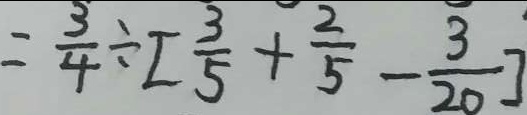
= \frac { 3 } { 4 } \div [ \frac { 3 } { 5 } + \frac { 2 } { 5 } - \frac { 3 } { 2 0 } ]